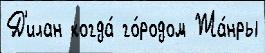
Д'илан когда́ го́родом Жа́нры